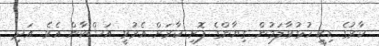
ކާރުގެ ޑިކީ ހުޅުވާލަމުން ގިޔާންގެ ފޮށި ކާރަށް އެރުވީ އަޝްކާން އެވެ. އަދި